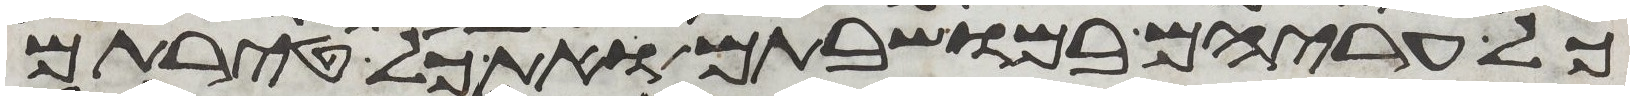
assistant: כל עריהם במושבתם ואת כל טירתם